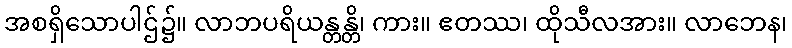
အစရှိသောပါဌ်၌။ လာဘပရိယန္တန္တိ၊ ကား။ ဧတဿ၊ ထိုသီလအား။ လာဘေန၊